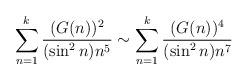
LaTeX: \begin{align*}\sum \limits_{n=1}^{k}\frac{(G(n))^2}{(\sin^2n) n^5}\sim \sum \limits_{n=1}^{k}\frac{(G(n))^4}{(\sin^2n) n^7}\end{align*}